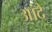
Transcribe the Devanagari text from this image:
आंदे